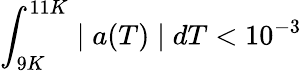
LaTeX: \int_{9K}^{11K}\mid a(T)\mid dT<10^{-3}